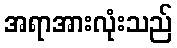
အရာအားလုံးသည်